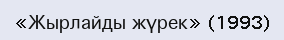
«Жырлайды жүрек» (1993)